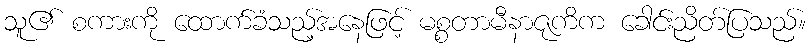
သူ၏ စကားကို ထောက်ခံသည့်အနေဖြင့် မစ္စတာမီနာဇုကိက ခေါင်းညိတ်ပြသည်။